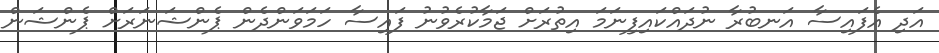
އަދި އެފައިސާ އަނބުރާ ނުދައްކައިފިނަމަ އިތުރަށް ޖަމާކުރެވުނު ފައިސާ ހަމަވަންދެން ޕެންޝަނަރަށް ޕެންޝަން